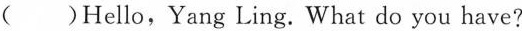
( )Hello,Yang Ling. What do you have?